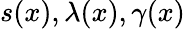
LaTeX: s(x),\lambda(x),\gamma(x)